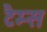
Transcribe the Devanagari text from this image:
टैम्स